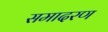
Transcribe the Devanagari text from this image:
समादरण